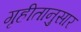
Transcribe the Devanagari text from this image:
गृहीतानुसार